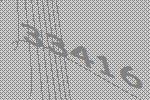
33416